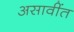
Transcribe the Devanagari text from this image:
असावींत